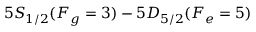
5 S _ { 1 / 2 } ( F _ { g } = 3 ) - 5 D _ { 5 / 2 } ( F _ { e } = 5 )